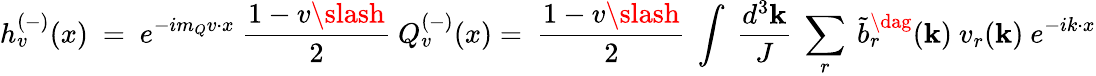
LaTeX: h_{v}^{(-)}(x)\ =\ e^{-im_{Q}v{\cdot}x}\ \frac{1-v{\slash}}{2}\ Q_{v}^{(-)}(x)=\ \frac{1-v{\slash}}{2}\ \int\ \frac{d^{3}{\mathbf k}}{J}\ \sum_{r}\ \tilde{b}_{r}^{\dag}({\mathbf k})\ v_{r}({\mathbf k})\ e^{-ik{\cdot}x}